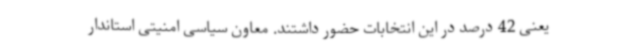
یعنی 42 درصد در این انتخابات حضور داشتند. معاون سیاسی امنیتی استاندار